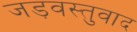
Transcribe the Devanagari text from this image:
जड़वस्तुवाद